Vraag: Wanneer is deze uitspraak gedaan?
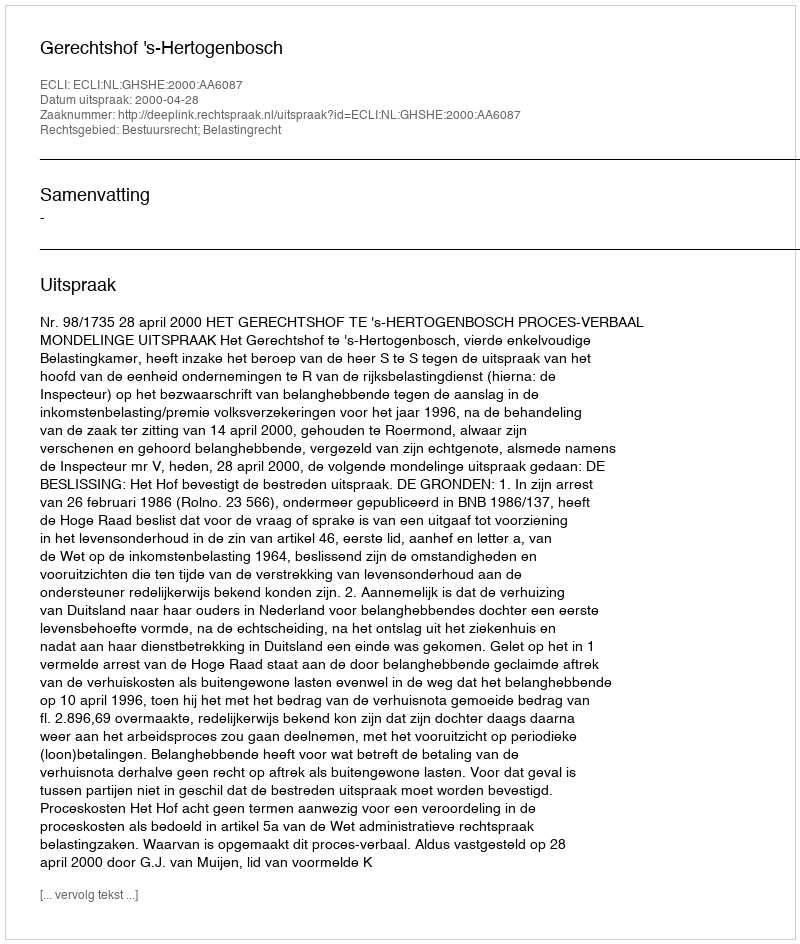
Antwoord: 2000-04-28